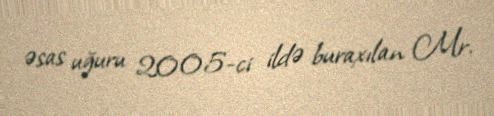
əsas uğuru 2005-ci ildə buraxılan Mr.